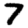
Digit: 7